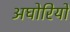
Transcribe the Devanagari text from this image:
अघोरियों